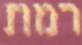
רמת